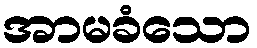
အာမခံသော